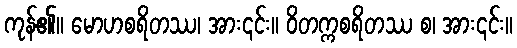
ကုန်၏။ မောဟစရိတဿ၊ အား၎င်း။ ဝိတက္ကစရိတဿ စ၊ အား၎င်း။